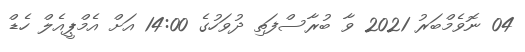
04 ނޮވެމްބަރު 2021 ވާ ބުރާސްފަތި ދުވަހުގެ 14:00 އަށް އެމްޕީއެލް ހެޑް